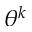
\theta ^ { k }